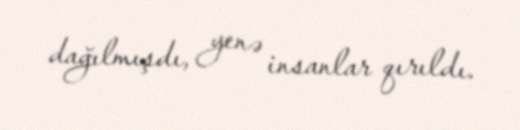
dağılmışdı, yenə insanlar qırıldı.